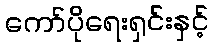
ကော်ပိုရေးရှင်းနှင့်